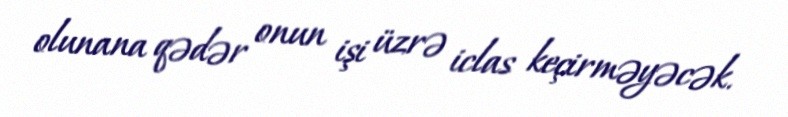
olunana qədər onun işi üzrə iclas keçirməyəcək.